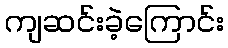
ကျဆင်းခဲ့ကြောင်း